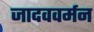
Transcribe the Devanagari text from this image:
जादववर्मन